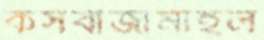
কসবাজামাইল